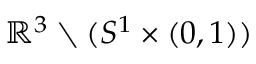
\mathbb { R } ^ { 3 } \setminus ( S ^ { 1 } \times ( 0 , 1 ) )